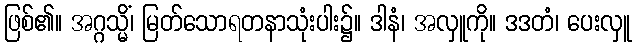
ဖြစ်၏။ အဂ္ဂသ္မိံ၊ မြတ်သောရတနာသုံးပါး၌။ ဒါနံ၊ အလှူကို။ ဒဒတံ၊ ပေးလှူ